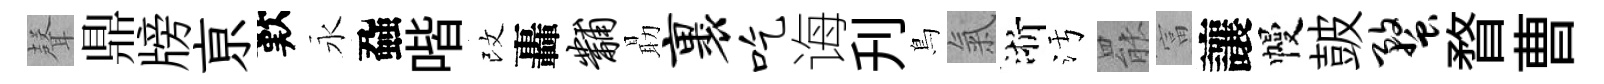
𮋻鼎牓亰歎永蝨喈改轟黼朂裹吃诲刋鳥氣浙污罷富讓幔皷蝥瞀曹